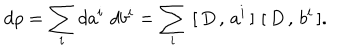
d \rho = \sum _ { i } d a ^ { i } \, \, d b ^ { i } = \sum _ { i } \, \, [ \, D \, , \, a ^ { i } \, ] \, \, [ \, D \, , \, b ^ { i } \, ] .